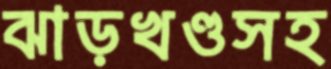
ঝাড়খণ্ডসহ